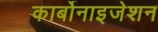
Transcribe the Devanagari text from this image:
कार्बोनाइजेशन